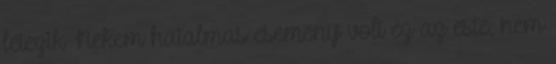
létezik Nekem hatalmas esemény volt ez az este, nem